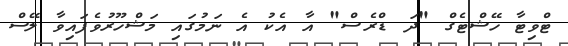
ޓްވިޓާ ހޭޝްޓެގް "ދަ ޑްރެސް" އާ އެކު އެ ނަމުގައި މަޝްހޫރުވެފައިވާ ލޭސް